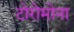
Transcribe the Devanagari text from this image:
टोरोमोना